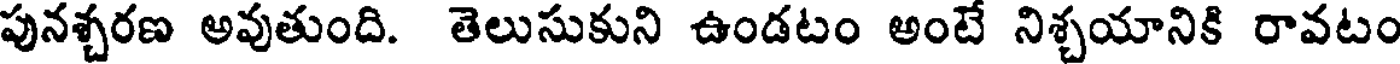
పునశ్చరణ అవుతుంది. తెలుసుకుని ఉండటం అంటే నిశ్చయానికి రావటం